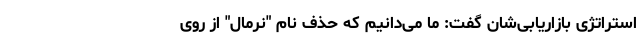
استراتژی بازاریابی‌شان گفت: ما می‌دانیم که حذف نام "نرمال" از روی